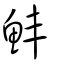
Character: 䰷